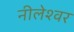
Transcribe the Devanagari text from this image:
नीलेश्‍वर